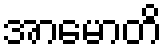
အာမောတိ